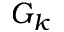
G _ { k }